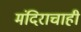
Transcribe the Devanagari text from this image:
मंदिराचाही